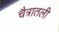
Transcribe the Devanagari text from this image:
चैत्रातली